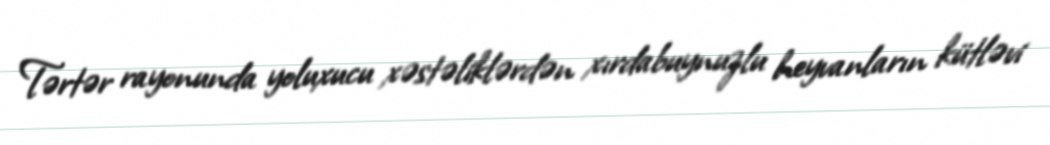
Tərtər rayonunda yoluxucu xəstəliklərdən xırdabuynuzlu heyvanların kütləvi